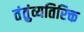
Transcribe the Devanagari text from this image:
तंतुंव्यतिरिक्त